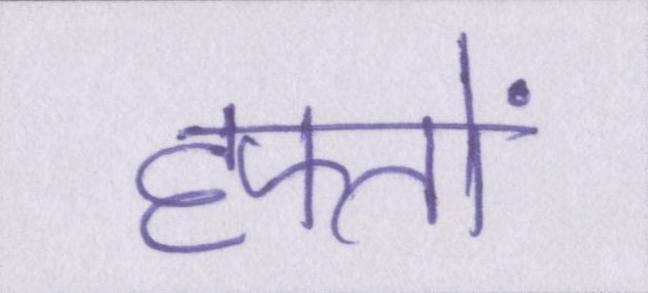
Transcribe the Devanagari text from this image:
हफ्तों